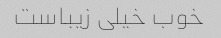
خوب خیلی زیباست